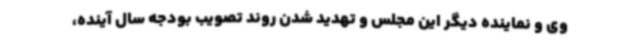
وی و نماینده دیگر این مجلس و تهدید شدن روند تصویب بودجه سال آینده،